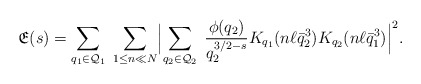
\begin{align*}\mathfrak{E}(s)=\sum_{q_1\in\mathcal{Q}_1}\;\sum_{1\leq n\ll N}\Bigl|\sum_{q_2\in\mathcal{Q}_2}\;\frac{\phi(q_2)}{q_2^{3/2-s}} K_{q_1}(n\ell\bar{q}_2^3)K_{q_2}(n\ell\bar{q}_1^3)\Bigr|^2.\end{align*}